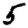
Digit: 5